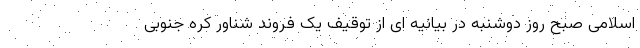
اسلامی صبح روز دوشنبه در بیانیه ای از توقیف یک فروند شناور کره جنوبی